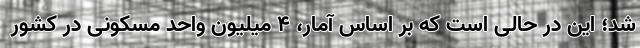
شد؛ این در حالی است که بر اساس آمار، ۴ میلیون واحد مسکونی در کشور